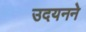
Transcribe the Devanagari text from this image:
उदयनने